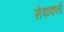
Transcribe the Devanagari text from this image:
सेवाकर्ता